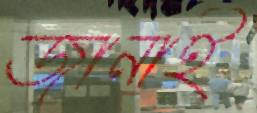
জানাই